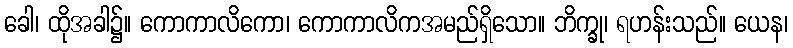
ခေါ၊ ထိုအခါ၌။ ကောကာလိကော၊ ကောကာလိကအမည်ရှိသော။ ဘိက္ခု၊ ရဟန်းသည်။ ယေန၊